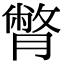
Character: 𦠞